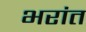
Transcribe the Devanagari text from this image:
भरांत